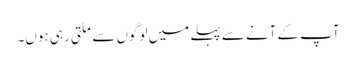
آپ کے آنے سے پہلے میں لوگوں سے ملتی رہی ہوں۔